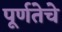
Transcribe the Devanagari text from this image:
पूर्णतेचे